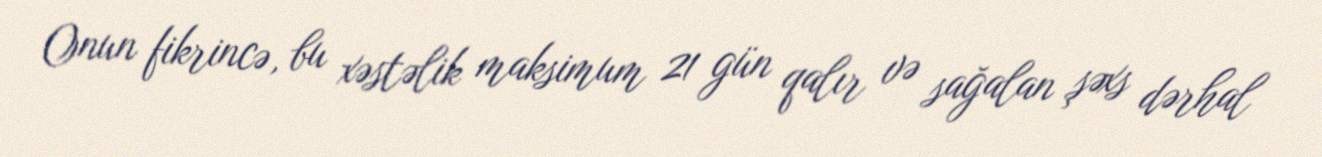
Onun fikrincə, bu xəstəlik maksimum 21 gün qalır və sağalan şəxs dərhal